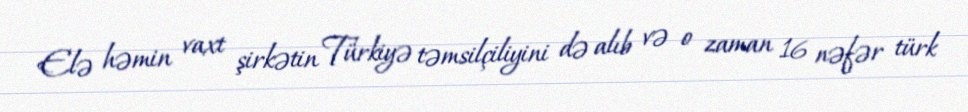
Elə həmin vaxt şirkətin Türkiyə təmsilçiliyini də alıb və o zaman 16 nəfər türk